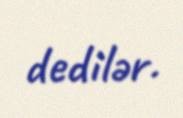
dedilər.